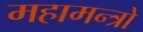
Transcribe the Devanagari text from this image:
महामन्त्रो